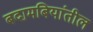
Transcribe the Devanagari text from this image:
बदामबियांतील